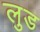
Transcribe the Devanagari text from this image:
लुड